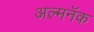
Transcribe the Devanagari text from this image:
अल्मनॅक